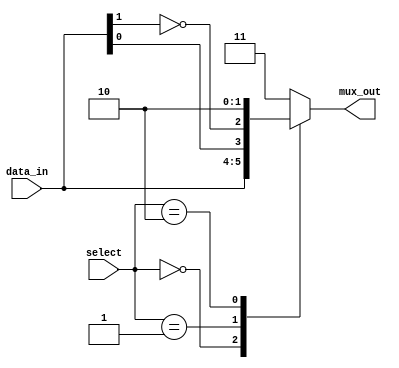
module full_case_mux (
  input [1:0] data_in,
  input [1:0] select,
  output reg [1:0] mux_out
);

always @ (*) begin
  case (select)
    2'b00: mux_out = data_in;       // When select is 00, output data_in
    2'b01: mux_out = {data_in[0], ~data_in[1]};  // When select is 01, output inverted data_in[1] and data_in[0]
    2'b10: mux_out = 2'b10;         // When select is 10, output 10
    default: mux_out = 2'b11;       // For all other cases, output 11
  endcase
end

endmodule